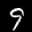
Label: 9